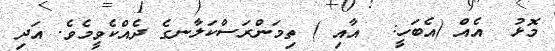
މޮޅު  އެއް (އެބަހީ:  އާއި ) ތިމަންރަސްކަލާނގެ ދެއްކެވީމެވެ. އަދި